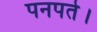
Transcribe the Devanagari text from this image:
पनपते।